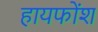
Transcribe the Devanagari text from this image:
हायफोंश